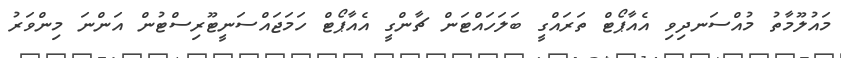
މައުލޫމާތު މުއްސަނދިވި އެއާޕޯޓް ތަރައްގީ ބަލަހައްޓަން ޗާންގީ އެއާޕޯޓް ހަމަޖައްސަނީޓޫރިސްޓުން އަންނަ މިންވަރު